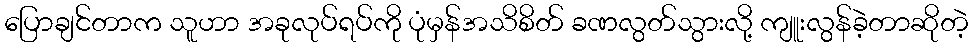
ပြောချင်တာက သူဟာ အခုလုပ်ရပ်ကို ပုံမှန်အသိစိတ် ခဏလွတ်သွားလို့ ကျူးလွန်ခဲ့တာဆိုတဲ့